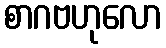
စာဂဗဟုလော